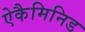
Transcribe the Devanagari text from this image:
ऐकैमिनिड